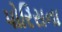
પોરિસના